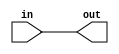
/*
This file provides the mapping from the Wokwi modules to Verilog HDL.

It's only needed for Wokwi designs.
*/

`define default_netname none

module p05_buffer_cell (
    input wire in,
    output wire out
    );
    assign out = in;
endmodule

module p05_and_cell (
    input wire a,
    input wire b,
    output wire out
    );

    assign out = a & b;
endmodule

module p05_or_cell (
    input wire a,
    input wire b,
    output wire out
    );

    assign out = a | b;
endmodule

module p05_xor_cell (
    input wire a,
    input wire b,
    output wire out
    );

    assign out = a ^ b;
endmodule

module p05_nand_cell (
    input wire a,
    input wire b,
    output wire out
    );

    assign out = !(a&b);
endmodule

module p05_not_cell (
    input wire in,
    output wire out
    );

    assign out = !in;
endmodule

module p05_mux_cell (
    input wire a,
    input wire b,
    input wire sel,
    output wire out
    );

    assign out = sel ? b : a;
endmodule

module p05_dff_cell (
    input wire clk,
    input wire d,
    output reg q,
    output wire notq
    );

    assign notq = !q;
    always @(posedge clk)
        q <= d;

endmodule

module p05_dffsr_cell (
    input wire clk,
    input wire d,
    input wire s,
    input wire r,
    output reg q,
    output wire notq
    );

    assign notq = !q;

    always @(posedge clk or posedge s or posedge r) begin
        if (r)
            q <= 0;
        else if (s)
            q <= 1;
        else
            q <= d;
    end
endmodule